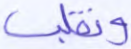
ونقلب